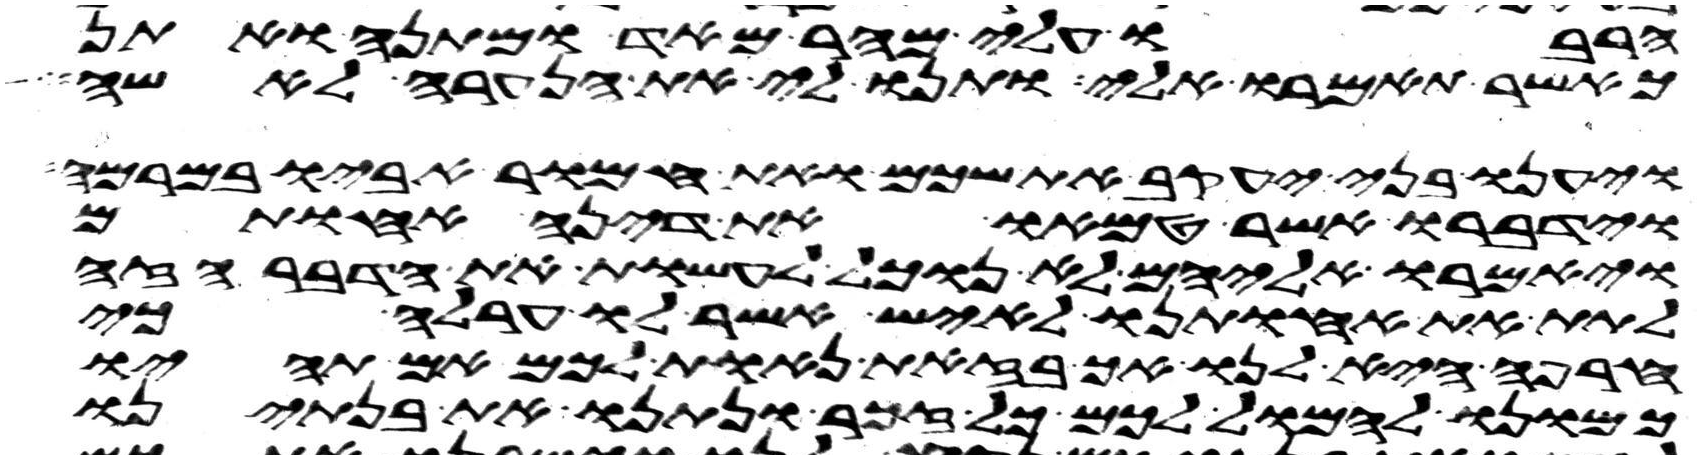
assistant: הרבו עלי מהר מאד ומתנה ואתן
כאשר תאמרו אלי ותנו לי את הנערה לאשה
ויענו בני יעקב את שכם ואת חמור אביו במרמה
וידברו אשר טמאו את דינה אחותם
ויאמרו אליהם לא נוכל לעשות את הדבר הזה
לתת את אחותנו לאיש אשר לו ערלה כי
חרפה היא לנו אך בזאת נאות לכם אם תהיו
כמונו להמול לכם כל זכר ונתנו את בנתינו